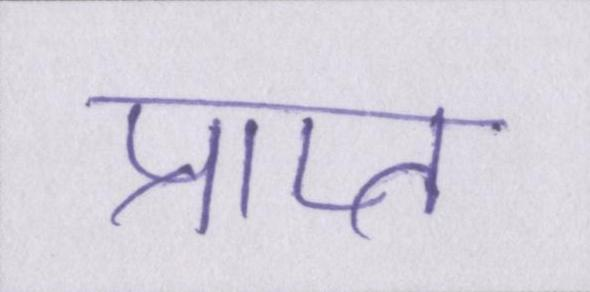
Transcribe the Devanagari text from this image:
प्राप्त